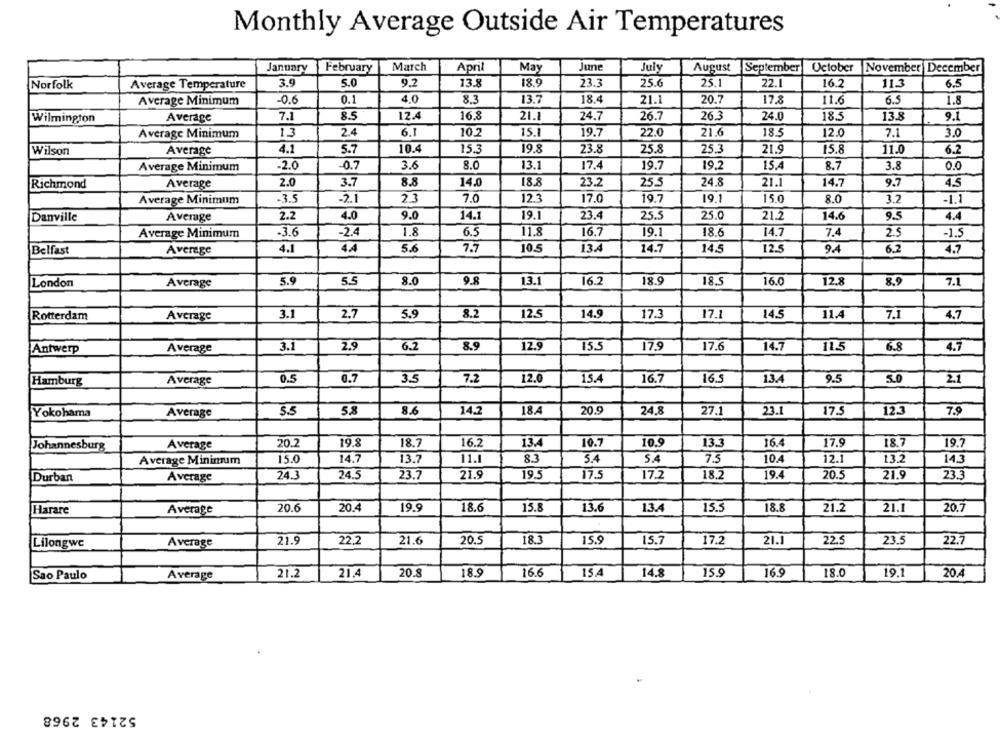
Monthly Average Outside Air Temperatures
April
June
January
February
March
May
July
August
September October |November December
3.9
5.0
13.8
18.9
Norfolk
Average Temperature
9.2
23.3
25.6
25.1
22.1
16.2
11.3
6.5
Average Minimum
-0.6
0.1
4.0
8.3
13.7
18.4
21.1
20.7
17.8
11.6
6.5
1.8
Wilmington
Average
7.1
8.5
12.4
16.8
21.8
24.7
26.7
26.3
24.0
18.5
13.8
9.1
Average Minimum
1.3
2.4
6.1
10.2
15.
19.7
22.0
21.6
18.5
12.0
7.1
3.0
4.1
5.7
10.4
15.3
19.8
23.8
25.8
25.3
Wilson
Average
21.9
15.8
11.0
6.2
Average Minimum
-2.0
-0.7
3.6
8.0
13.1
17.4
19.7
19.2
15.4
8.7
3.8
0.0
Richmond
Average
2.0
3.7
8.8
14.0
18.8
23.2
25.5
24.8
21.1
14.7
9.7
4.5
Average Minimum
-3.5
-2.1
23
7.0
123
17.0
19.7
19.1
15.0
8.0
3.2
-1.1
9.0
14.1
19.1
23.4
25.5
25.0
21.2
14.6
9.5
Danville
Average
2.2
4.0
4.4
16.7
Average Minimum
-3.6
-2.4
1.8
6.5
11.8
19.1
18.6
14.7
7.4
2.5
-1.5
Belfast
Average
4.1
44
5.6
7.7
10.5
13.4
14.7
14.5
12.5
9.4
6.2
4.7
5.9
5.5
8.0
9.8
13.1
16.2
18.9
18.5
16.0
12.8
8.9
London
Average
7.1
Rotterdam
Average
3.1
2.7
5.9
8.2
12.5
14.9
17.3
17.1
14.5
11.4
7.1
4.7
Average
3.1
2.9
6.2
8.9
12.9
15.5
17.9
17.6
14.7
11.5
6.8
4.7
Antwerp
0.5
0.7
3.5
12.0
15.4
16.7
16.
9.5
Hamburg
Average
7.2
13.4
5.0
2.1
Yokohama
Average
5.5
5.8
8.6
14.2
18.
20.9
24.8
27.
23.1
17.5
12.3
7.9
Average
20.2
19.8
18.7
16.2
13.4
10.7
10.9
13.
16.4
17.9
18.7
19.7
Johannesburg
Average Minimum
15.0
14.7
13.7
11.1
8.3
5.4
5.4
7.5
10.4
12.1
13.2
14.3
24.3
24.5
23.7
21.9
17.5
17.2
18.2
20.5
Durban
Average
19.5
19.4
21.9
23.3
Harare
Average
20.6
20.4
19.9
18.6
15.8
13.6
13.4
15.5
18.8
21.2
21.1
20.7
21.9
22.2
21.6
20.5
18.3
15.9
15.7
17.2
21.1
22.5
23.5
22.7
Lilongwe
Average
Sao Paulo
Average
21.2
21.4
20.8
18.9
16.6
154
14.8
15.9
16.9
18.0
19.1
20A
52143 2968